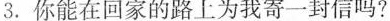
3. 你能在回家的路上为我寄一封信吗?